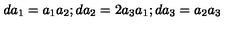
d a _ { 1 } = a _ { 1 } a _ { 2 } ; d a _ { 2 } = 2 a _ { 3 } a _ { 1 } ; d a _ { 3 } = a _ { 2 } a _ { 3 }